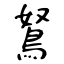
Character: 鴑